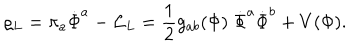
LaTeX: \varrho _ { L } = \pi _ { a } \dot { \Phi } ^ { a } - { \cal L } _ { L } = { \frac { 1 } { 2 } } g _ { a b } ( \Phi ) \; \dot { \Phi } ^ { a } \dot { \Phi } ^ { b } + V ( \Phi ) .